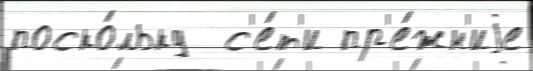
поско́льку  с'е́т'и пр'е́жн'иjе